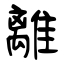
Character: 離